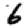
Digit: 6